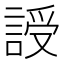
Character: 䛵